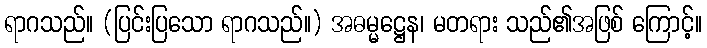
ရာဂသည်။ (ပြင်းပြသော ရာဂသည်။) အဓမ္မဋ္ဌေန၊ မတရား သည်၏အဖြစ် ကြောင့်။